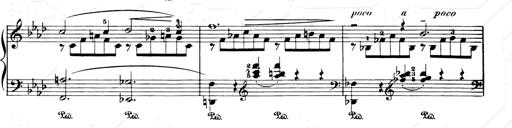
Title: Consolations and LiebestrÃ¤ume for the Piano
Composer: Franz Liszt